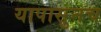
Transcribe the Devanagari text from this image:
यापासुनच